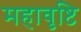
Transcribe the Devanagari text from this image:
महावृष्टि